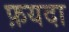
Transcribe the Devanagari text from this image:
फ़यदा